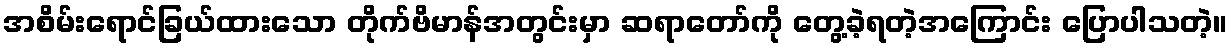
အစိမ်းရောင်ခြယ်ထားသော တိုက်ဗိမာန်အတွင်းမှာ ဆရာတော်ကို တွေ့ခဲ့ရတဲ့အကြောင်း ပြောပါသတဲ့။